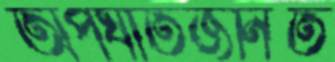
অপঘাতজনিত